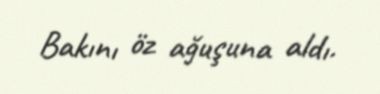
Bakını öz ağuşuna aldı.